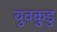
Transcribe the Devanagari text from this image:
युवकुडु